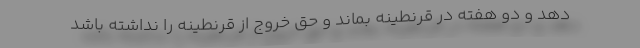
دهد و دو هفته در قرنطینه بماند و حق خروج از قرنطینه را نداشته باشد